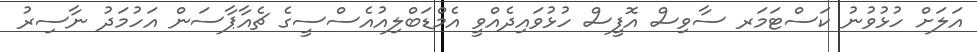
އަލަށް ހުޅުވުނު ކަސްޓަމަރ ސާވިސް އޮފީސް ހުޅުވައިދެއްވީ އެމްޑަބްލިއުއެސްސީގެ ޗެއާޕާސަން އަހުމަދު ނާސިރު